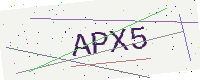
Text: APX5